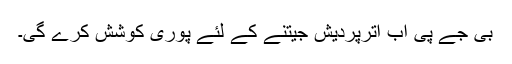
بی جے پی اب اترپردیش جیتنے کے لئے پوری کوشش کرے گی۔